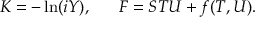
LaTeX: K = - \ln ( i Y ) , \; \; \; \; \; \; F = S T U + f ( T , U ) .